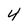
Character: 4